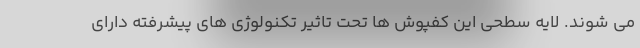
می شوند. لایه سطحی این کفپوش ها تحت تاثیر تکنولوژی های پیشرفته دارای